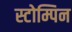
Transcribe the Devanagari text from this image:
स्टोम्पिन